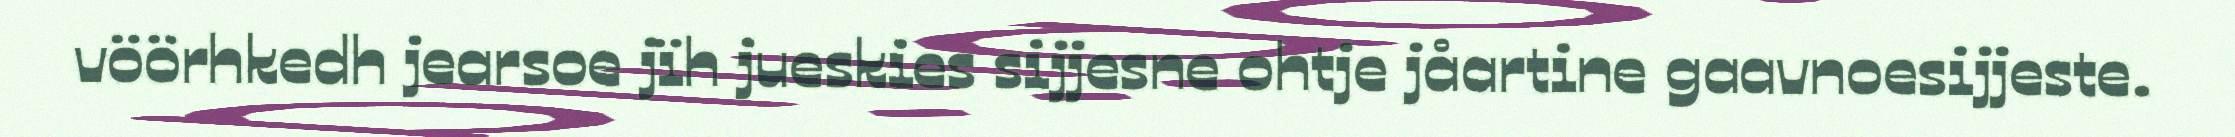
vöörhkedh jearsoe jïh jueskies sijjesne ohtje jåartine gaavnoesijjeste.